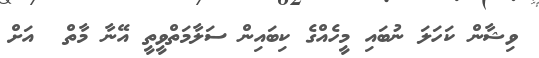
ވިޝާން ކަހަލަ ނުބައި މީހެއްގެ ކިބައިން ސަލާމަތްވީތީ އޭނާ މާތް  އަށް